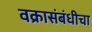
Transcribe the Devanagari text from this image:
वक्रासंबंधीचा